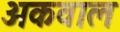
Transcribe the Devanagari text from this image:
अकवाल